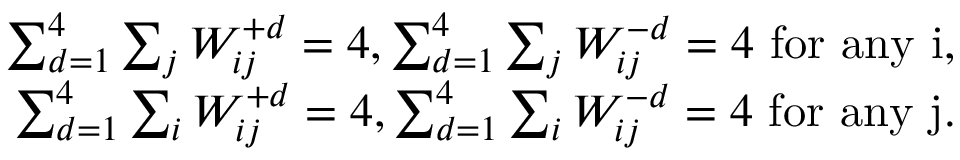
\begin{array} { r } { \sum _ { d = 1 } ^ { 4 } \sum _ { j } W _ { i j } ^ { + d } = 4 , \sum _ { d = 1 } ^ { 4 } \sum _ { j } W _ { i j } ^ { - d } = 4 \ \mathrm { f o r ~ a n y ~ i , } } \\ { \sum _ { d = 1 } ^ { 4 } \sum _ { i } W _ { i j } ^ { + d } = 4 , \sum _ { d = 1 } ^ { 4 } \sum _ { i } W _ { i j } ^ { - d } = 4 \ \mathrm { f o r ~ a n y ~ j . } } \end{array}